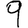
Digit: 9